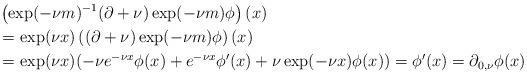
LaTeX: \begin{align*} &\left(\exp(-\nu m)^{-1}(\partial +\nu)\exp(-\nu m)\phi\right)(x) \\& =\exp(\nu x)\left((\partial +\nu)\exp(-\nu m)\phi\right)(x) \\& =\exp(\nu x)(-\nu e^{-\nu x}\phi(x)+e^{-\nu x}\phi'(x) +\nu\exp(-\nu x)\phi(x)) = \phi'(x) = \partial_{0,\nu}\phi(x)\end{align*}